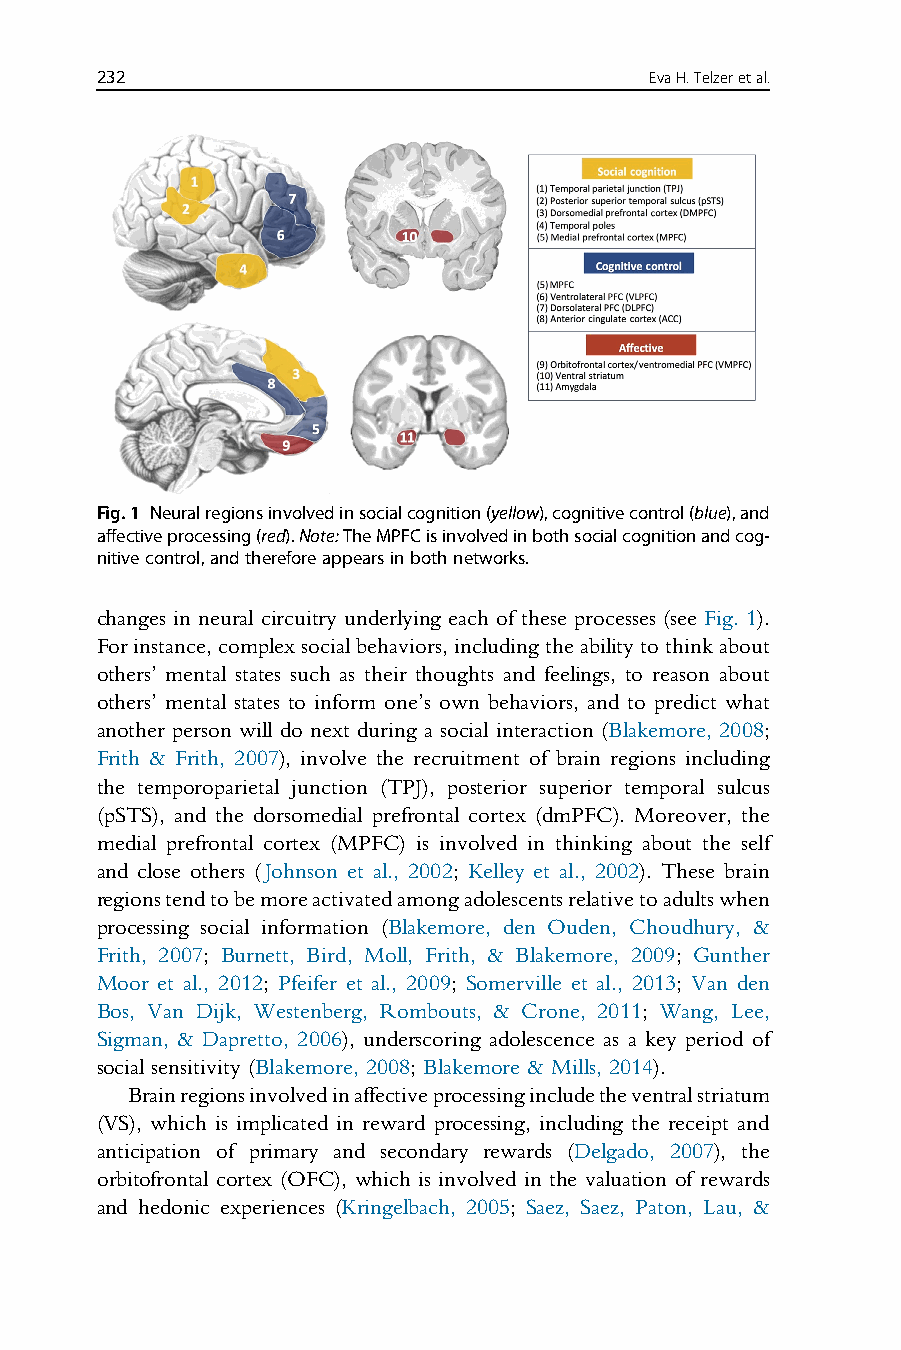
232                                  EvaH.Telzeretal.
 Fig.1 Neuralregionsinvolvedinsocialcognition(yellow),cognitivecontrol(blue),and
 affectiveprocessing(red).Note:TheMPFCisinvolvedinbothsocialcognitionandcog-
 nitivecontrol,andthereforeappearsinbothnetworks.
 changes in neural circuitry underlying each of these processes (see Fig. 1).
 Forinstance,complexsocialbehaviors,includingtheabilitytothinkabout
 others’ mental states such as their thoughts and feelings, to reason about
 others’ mental states to inform one’s own behaviors, and to predict what
 another person will do next during a social interaction (Blakemore, 2008;
 Frith & Frith, 2007), involve the recruitment of brain regions including
 the temporoparietal junction (TPJ), posterior superior temporal sulcus
 (pSTS), and the dorsomedial prefrontal cortex (dmPFC). Moreover, the
 medial prefrontal cortex (MPFC) is involved in thinking about the self
 and close others (Johnson et al., 2002; Kelley et al., 2002). These brain
 regionstendtobemoreactivatedamongadolescentsrelativetoadultswhen
 processing social information (Blakemore, den Ouden, Choudhury, &
 Frith, 2007; Burnett, Bird, Moll, Frith, & Blakemore, 2009; Gunther
 Moor et al., 2012; Pfeifer et al., 2009; Somerville et al., 2013; Van den
 Bos, Van Dijk, Westenberg, Rombouts, & Crone, 2011; Wang, Lee,
 Sigman, & Dapretto, 2006), underscoring adolescence as a key period of
 social sensitivity (Blakemore, 2008; Blakemore & Mills, 2014).
 Brainregionsinvolvedinaffectiveprocessingincludetheventralstriatum
 (VS), which is implicated in reward processing, including the receipt and
 anticipation of primary and secondary rewards (Delgado, 2007), the
 orbitofrontal cortex (OFC), which is involved in the valuation of rewards
 and hedonic experiences (Kringelbach, 2005; Saez, Saez, Paton, Lau, &